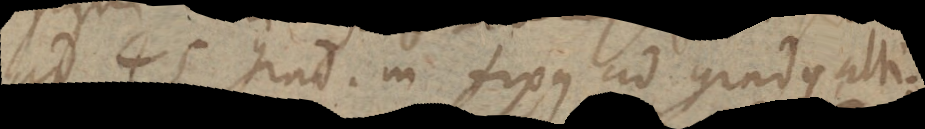
ad 45 grad. in fixis ad gradus alti-